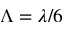
\Lambda = \lambda / 6